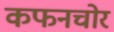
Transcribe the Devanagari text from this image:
कफनचोर